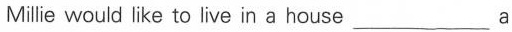
Millie would like to live in a house ___ a